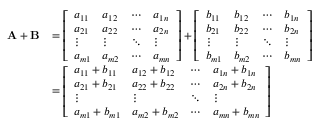
{ \begin{array} { r l } { \mathbf { A } + \mathbf { B } } & { = { \left[ \begin{array} { l l l l } { a _ { 1 1 } } & { a _ { 1 2 } } & { \cdots } & { a _ { 1 n } } \\ { a _ { 2 1 } } & { a _ { 2 2 } } & { \cdots } & { a _ { 2 n } } \\ { \vdots } & { \vdots } & { \ddots } & { \vdots } \\ { a _ { m 1 } } & { a _ { m 2 } } & { \cdots } & { a _ { m n } } \end{array} \right] } + { \left[ \begin{array} { l l l l } { b _ { 1 1 } } & { b _ { 1 2 } } & { \cdots } & { b _ { 1 n } } \\ { b _ { 2 1 } } & { b _ { 2 2 } } & { \cdots } & { b _ { 2 n } } \\ { \vdots } & { \vdots } & { \ddots } & { \vdots } \\ { b _ { m 1 } } & { b _ { m 2 } } & { \cdots } & { b _ { m n } } \end{array} \right] } } \\ & { = { \left[ \begin{array} { l l l l } { a _ { 1 1 } + b _ { 1 1 } } & { a _ { 1 2 } + b _ { 1 2 } } & { \cdots } & { a _ { 1 n } + b _ { 1 n } } \\ { a _ { 2 1 } + b _ { 2 1 } } & { a _ { 2 2 } + b _ { 2 2 } } & { \cdots } & { a _ { 2 n } + b _ { 2 n } } \\ { \vdots } & { \vdots } & { \ddots } & { \vdots } \\ { a _ { m 1 } + b _ { m 1 } } & { a _ { m 2 } + b _ { m 2 } } & { \cdots } & { a _ { m n } + b _ { m n } } \end{array} \right] } } \end{array} }